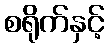
စရိုက်နှင့်